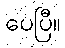
ပေပြီ။